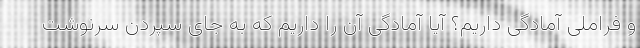
و فراملی آمادگی داریم؟ آیا آمادگی آن را داریم که به جای سپردن سرنوشت